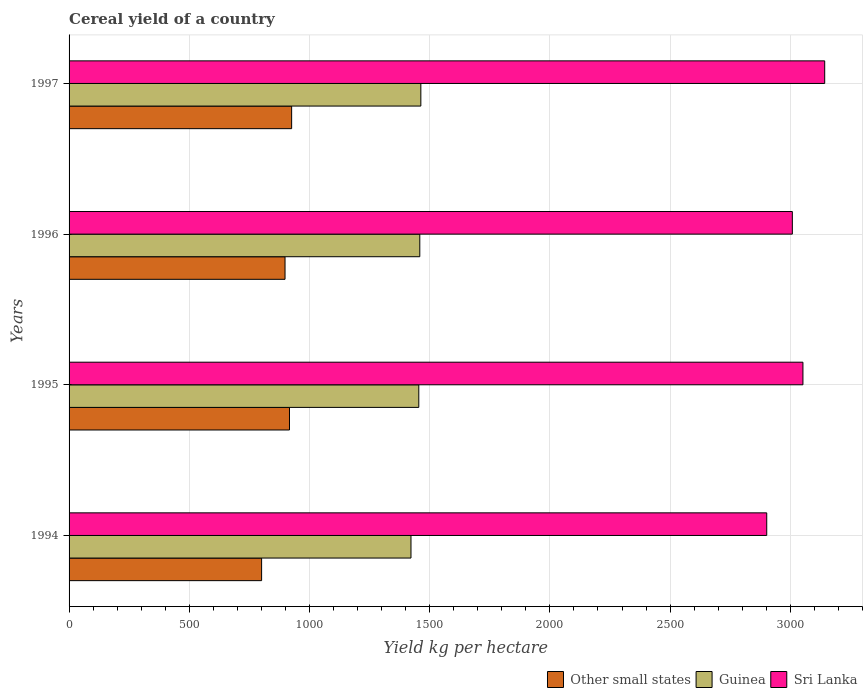
| Years | Other small states | Guinea | Sri Lanka |
 | --- | --- | --- | --- |
 | 1994 | 801 | 1.42e+03 | 2.9e+03 |
 | 1995 | 917 | 1.45e+03 | 3.05e+03 |
 | 1996 | 898 | 1.46e+03 | 3.01e+03 |
 | 1997 | 926 | 1.46e+03 | 3.14e+03 |